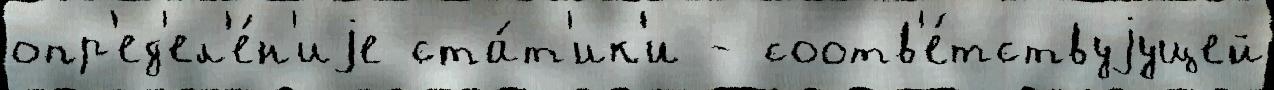
опр'ед'ел'е́н'иjе ста́т'ик'и - соотв'е́тствуjущей